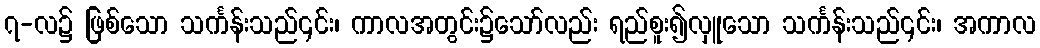
၇-လ၌ ဖြစ်သော သင်္ကန်းသည်၎င်း၊ ကာလအတွင်း၌သော်လည်း ရည်စူး၍လှူသော သင်္ကန်းသည်၎င်း၊ အကာလ